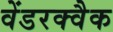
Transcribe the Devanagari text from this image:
वेंडरक्वैक